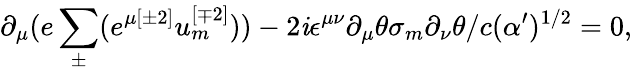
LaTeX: \partial_{\mu}(e\sum_{\pm}^{}(e^{\mu{[\pm2]}}u_{{m}}^{{[\mp2]}}))-2\mathit{i}\epsilon^{\mu\nu}\partial_{\mu}\theta\sigma_{{m}}\partial_{\nu}\theta/c(\alpha^{\prime})^{{1/2}}=0,